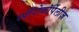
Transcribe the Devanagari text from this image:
स्पीरोकॉर्पेलीज़